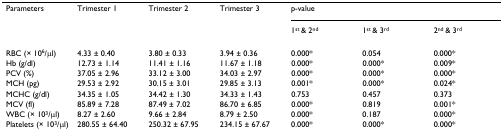
| Parameters | Trimester 1 | Trimester 2 | Trimester 3 | <COLSPAN=3> p-value |
 |  |  |  |  | 1st & 2nd | 1st & 3rd | 2nd & 3rd |
 | --- | --- | --- | --- | --- | --- | --- |
 | RBC (× 106/μl) | 4.33 ± 0.40 | 3.80 ± 0.33 | 3.94 ± 0.36 | 0.000* | 0.054 | 0.000* |
 | Hb (g/dl) | 12.73 ± 1.14 | 11.41 ± 1.16 | 11.67 ± 1.18 | 0.000* | 0.000* | 0.009* |
 | PCV (%) | 37.05 ± 2.96 | 33.12 ± 3.00 | 34.03 ± 2.97 | 0.000* | 0.000* | 0.000* |
 | MCH (pg) | 29.53 ± 2.92 | 30.15 ± 3.01 | 29.85 ± 3.13 | 0.001* | 0.000* | 0.024* |
 | MCHC (g/dl) | 34.35 ± 1.05 | 34.42 ± 1.30 | 34.33 ± 1.43 | 0.753 | 0.457 | 0.373 |
 | MCV (fl) | 85.89 ± 7.28 | 87.49 ± 7.02 | 86.70 ± 6.85 | 0.000* | 0.819 | 0.001* |
 | WBC (× 103/μl) | 8.27 ± 2.60 | 9.66 ± 2.84 | 8.79 ± 2.50 | 0.000* | 0.187 | 0.000* |
 | Platelets (× 103/μl) | 280.55 ± 64.40 | 250.32 ± 67.95 | 234.15 ± 67.67 | 0.000* | 0.000* | 0.000* |